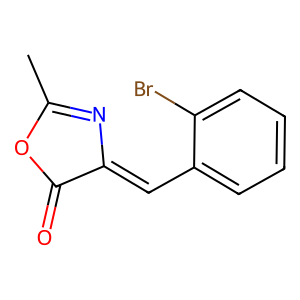
SMILES: CC1=NC(=Cc2ccccc2Br)C(=O)O1
Inhibits HIV replication: No